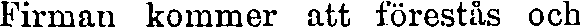
Firman kommer att förestås och